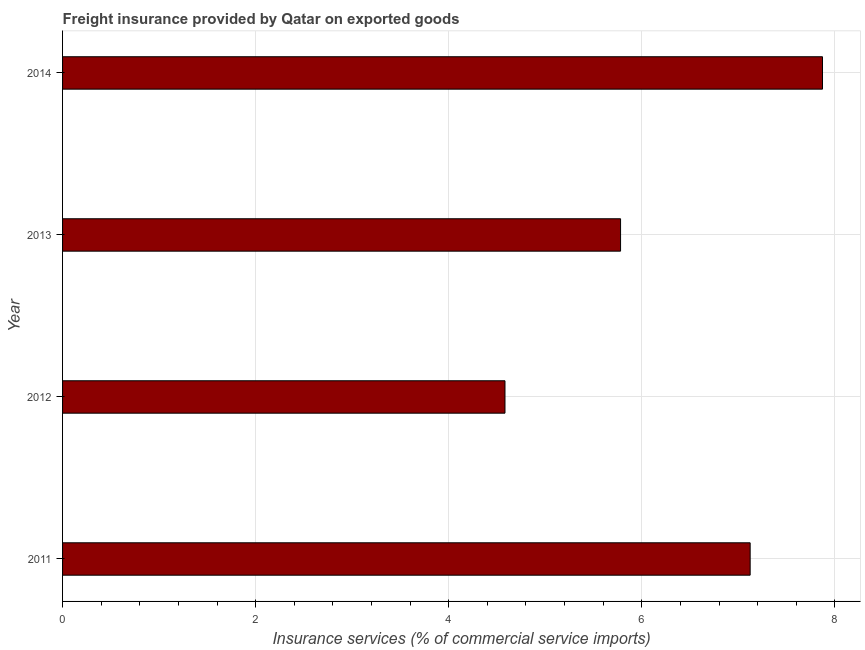
| Year | Insurance and financial services |
 | --- | --- |
 | 2011 | 7.12 |
 | 2012 | 4.58 |
 | 2013 | 5.78 |
 | 2014 | 7.87 |